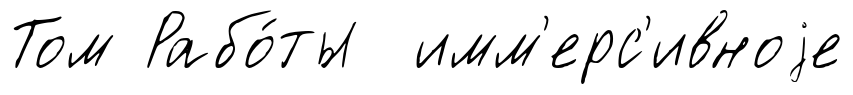
Том Рабо́ты имм'ерс'ивноjе